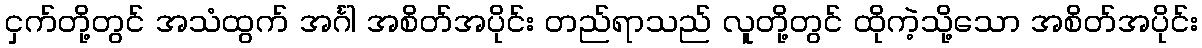
ငှက်တို့တွင် အသံထွက် အင်္ဂါ အစိတ်အပိုင်း တည်ရာသည် လူတို့တွင် ထိုကဲ့သို့သော အစိတ်အပိုင်း